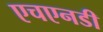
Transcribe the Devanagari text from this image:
एचएनडी